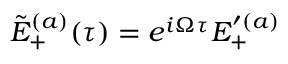
\tilde { E } _ { + } ^ { ( a ) } ( \tau ) = e ^ { i \Omega \tau } E _ { + } ^ { \prime ( a ) }